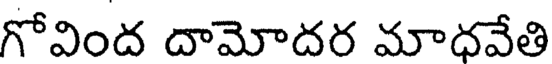
గోవింద దామోదర మాధవేతి